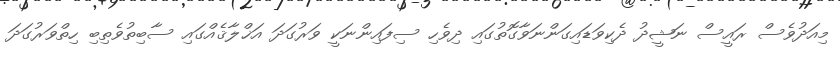
މިއަދުވެސް ރައީސް ނަޝީދު ދެކިވަޑައިގަންނަވާގޮތުގައި ދިވެހި ސިފައިންނަކީ ވަރުގަދަ އަޚްލާޤެއްގައި ސާބިތުވެތިބި ހިތްވަރުގަދަ